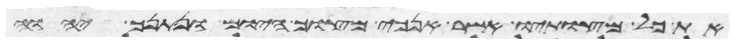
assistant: את כל מצותיו אשר אנכי מצוך היום ונתנך יהוה